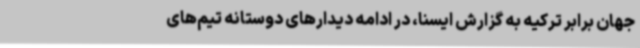
جهان برابر ترکیه به گزارش ایسنا، در ادامه دیدارهای دوستانه تیم‌های